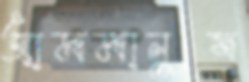
আমমানুষ